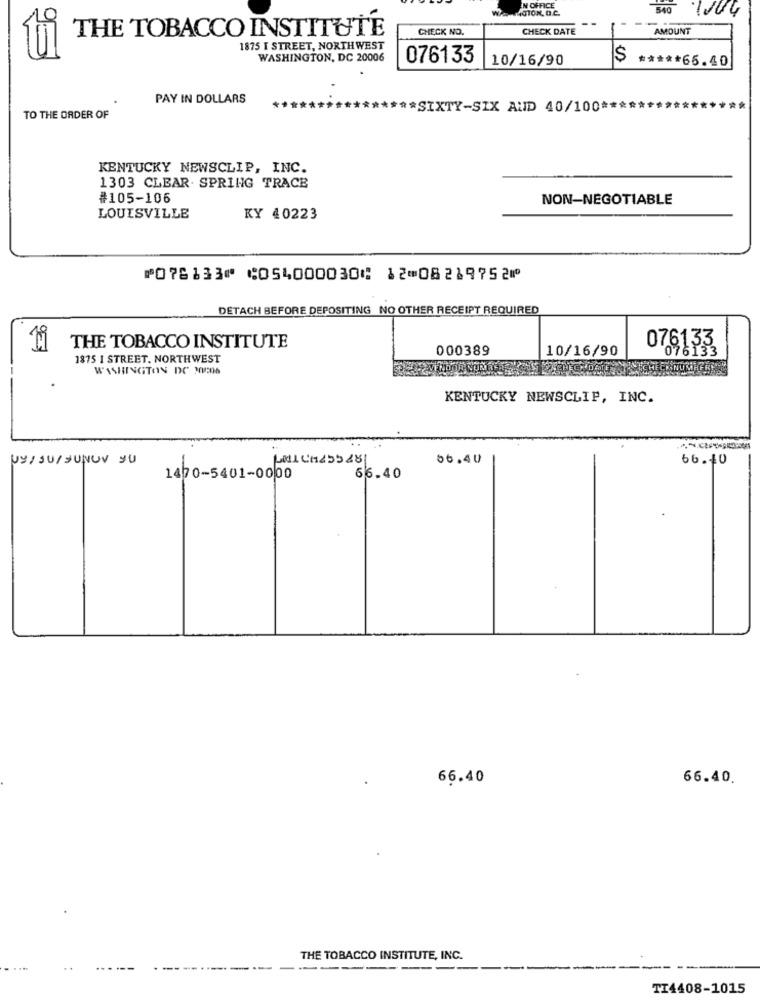
40TON, O.C.
EN OFFICE
549
1004
--
THE TOBACCO INSTITUTE
CHECK NO.
CHECK DATE
AMOUNT
1875 I STREET, NORTH WEST
WASHINGTON, DC 20006
076133
10/16/90
$
***** 65.40
PAY IN DOLLARS
** SIXTY-SIX AUID 40/100 *****
TO THE ORDER OF
KENTUCKY NEWSCLIP, INC.
1303 CLEAR. SPRING TRACE
#105-106
NON-NEGOTIABLE
LOUISVILLE
KY 40223
⑈076133⑈ ⑆054000030⑆ 12⑉08219752⑈
DETACH BEFORE DEPOSITING NO OTHER RECEIPT REQUIRED
THE TOBACCO INSTITUTE
000389
10/16/90
076133
1875 1 STREET, NORTHWEST
WASHINGTON DC 2006
KENTUCKY NEWSCLIP, INC.
U2/JU/JUNUV YU
66.40
66.40
1470-5401-0000
66.40
66.40
66.40.
THE TOBACCO INSTITUTE, INC.
--
---
TI4408-1015